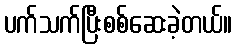
ပက်သက်ပြီးစစ်ဆေးခဲ့တယ်။